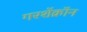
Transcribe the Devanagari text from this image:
गरशेंक्रॉन